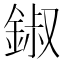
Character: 𨧷